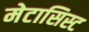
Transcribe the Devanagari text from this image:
मेटासिस्ट